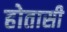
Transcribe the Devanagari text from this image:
होतासी